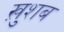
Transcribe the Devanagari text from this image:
ख़ुशब